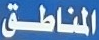
المناطق